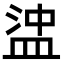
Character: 𥁵